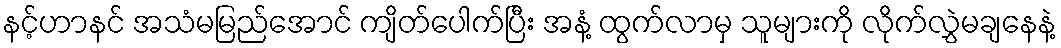
နင့်ဟာနင် အသံမမြည်အောင် ကျိတ်ပေါက်ပြီး အနံ့ ထွက်လာမှ သူများကို လိုက်လွှဲမချနေနဲ့